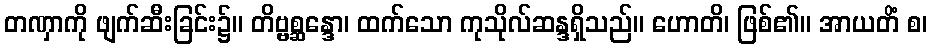
တဏှာကို ဖျက်ဆီးခြင်း၌။ တိဗ္ဗစ္ဆန္ဒော၊ ထက်သော ကုသိုလ်ဆန္ဒရှိသည်။ ဟောတိ၊ ဖြစ်၏။ အာယတိံ စ၊